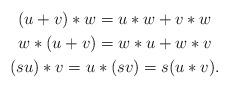
LaTeX: \begin{gather*} (u+v)*w=u*w+v*w\\ w*(u+v)=w*u+w*v\\ (su)*v=u*(sv)=s(u*v).\end{gather*}